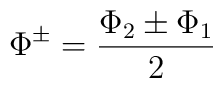
\Phi^\pm = \frac{\Phi_2 \pm \Phi_1}{2}